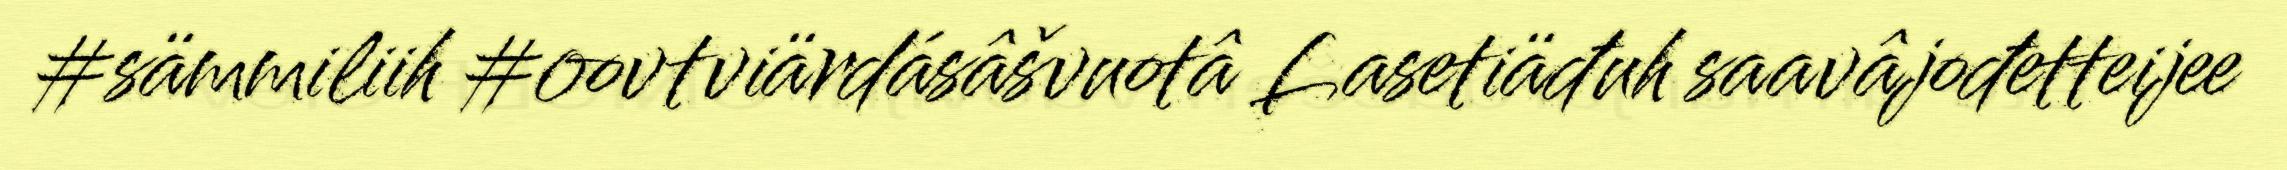
#sämmiliih #oovtviärdásâšvuotâ Lasetiäđuh saavâjođetteijee